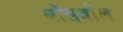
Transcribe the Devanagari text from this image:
बॉसबॉल